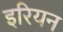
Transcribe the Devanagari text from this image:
इरियन